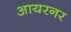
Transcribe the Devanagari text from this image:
आयरनर